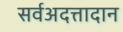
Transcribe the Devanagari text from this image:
सर्वअदत्तादान